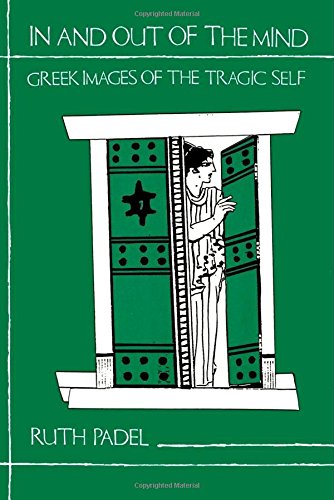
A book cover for In and Out of the Mind: Greek Images of the Tragic Self; Ruth Padel; Literature & Fiction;